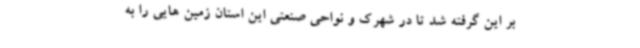
بر این گرفته شد تا در شهرک و نواحی صنعتی این استان زمین هایی را به